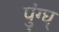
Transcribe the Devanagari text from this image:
पुंग्घ्